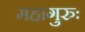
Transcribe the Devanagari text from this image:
महागुरुः